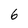
Character: 6